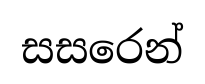
සසරෙන්